65_HS1-834228961_62-HQ-83894_Section_7
Agency: FBI
Page 132
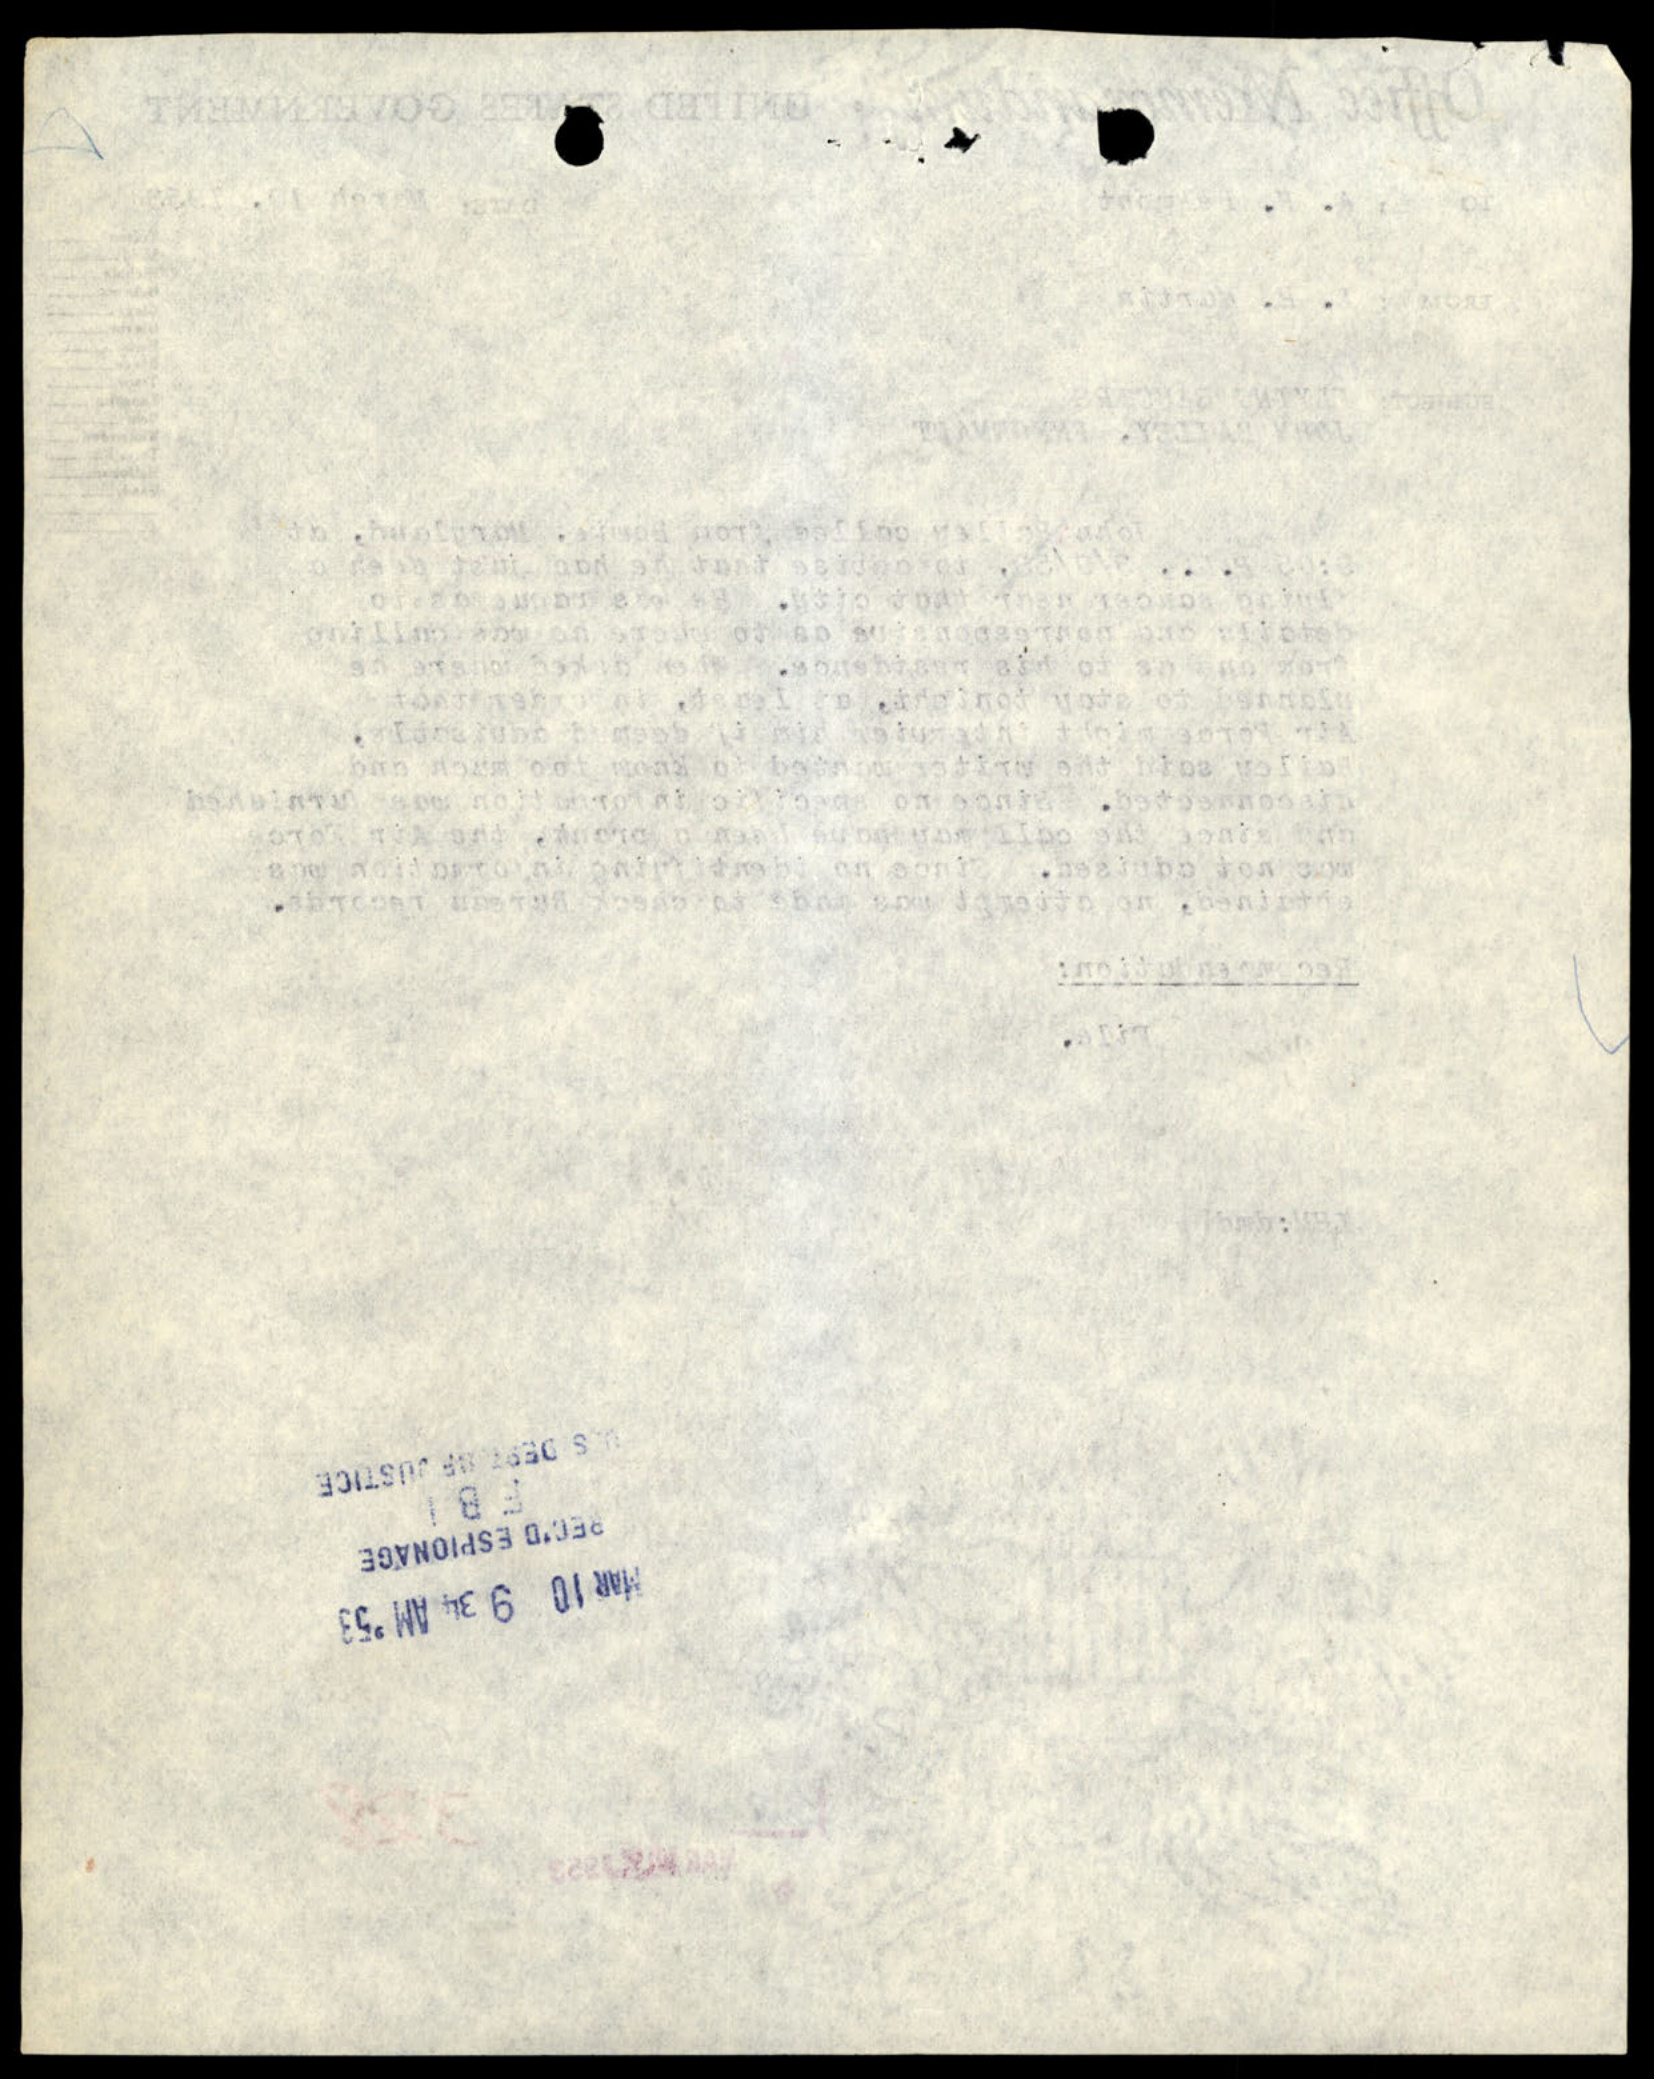